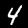
Label: 4